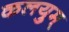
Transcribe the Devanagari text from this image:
कलयुम्